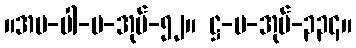
။အပ-ပါ-ပ-အုပ်-၅၂။ ဋ္ဌ-ပ-အုပ်-၃၃၄။